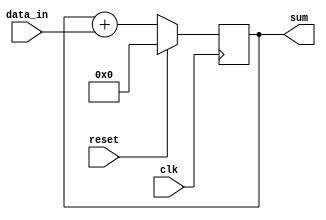
module cascaded_accumulator (
    input wire clk,
    input wire reset,
    input wire [7:0] data_in,
    output reg [15:0] sum
);

reg [15:0] sum_temp;

always @(posedge clk) begin
    if (reset) begin
        sum_temp <= 16'h0000;
    end else begin
        sum_temp <= sum_temp + {8'h00, data_in}; // Concatenate 8-bit data with 8'h00 for padding
    end
end

assign sum = sum_temp;

endmodule